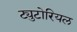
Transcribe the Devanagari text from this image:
ट्युटोरियल